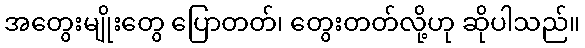
အတွေးမျိုးတွေ ပြောတတ်၊ တွေးတတ်လို့ဟု ဆိုပါသည်။